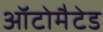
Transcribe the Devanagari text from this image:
ऑटोमैटेड